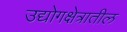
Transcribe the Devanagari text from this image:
उद्योगक्षेत्रातील